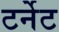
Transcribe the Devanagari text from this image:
टर्नेट